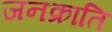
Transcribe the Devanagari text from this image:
जनक्राति